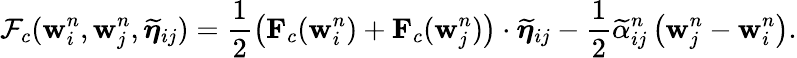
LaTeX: \mathcal{F}_{c}(\mathbf{w}_{i}^{n},\mathbf{w}_{j}^{n},\widetilde{\boldsymbol{\eta}}_{ij})=\displaystyle\frac{1}{2}\left(\mathbf{F}_{c}(\mathbf{w}_{i}^{n})+\mathbf{F}_{c}(\mathbf{w}_{j}^{n})\right)\cdot\widetilde{\boldsymbol{\eta}}_{ij}-\frac{1}{2}\widetilde{\alpha}_{ij}^{n}\left(\mathbf{w}_{j}^{n}-\mathbf{w}_{i}^{n}\right).